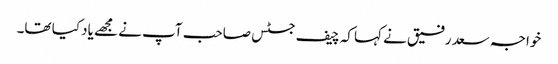
خواجہ سعد رفیق نے کہا کہ چیف جسٹس صاحب آپ نے مجھے یاد کیا تھا۔